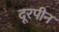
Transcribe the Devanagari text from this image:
दूरपीन